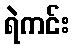
ရဲကင်း